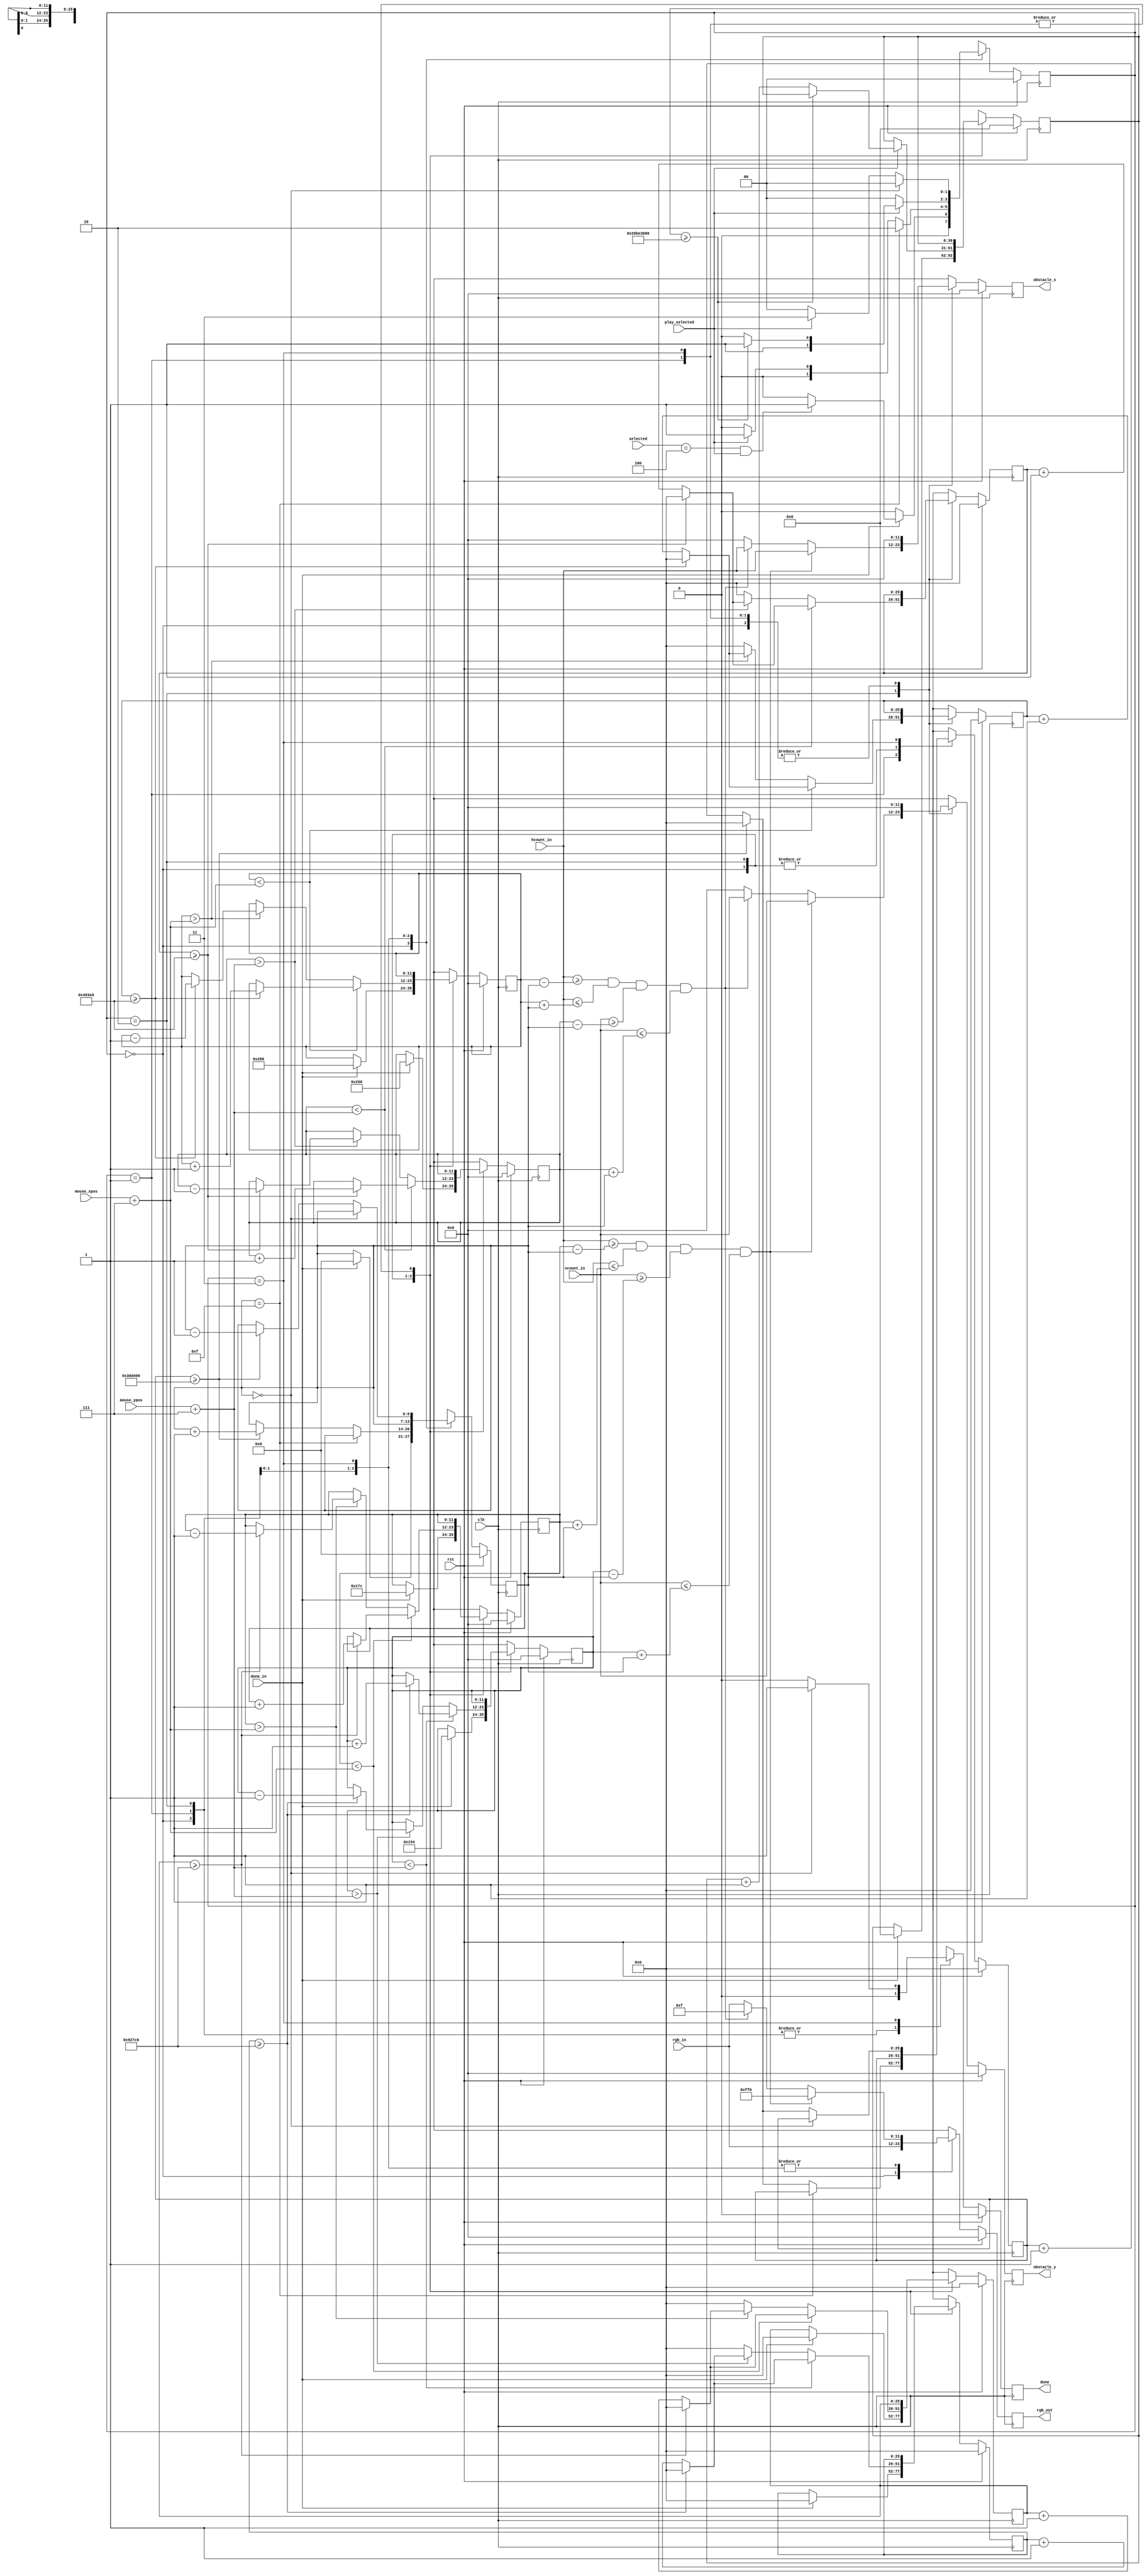
`timescale 1ns / 1ps
//////////////////////////////////////////////////////////////////////////////////
// Company: 
// Engineer: 
// 
// Design Name: 
// Module Name: mouse_follower_obstacle
// Project Name: 
// Target Devices: 
// Tool Versions: 
// Description: 
// 
// Dependencies: 
// 
// Revision:
// Revision 0.01 - File Created
// Additional Comments:
// 
//////////////////////////////////////////////////////////////////////////////////

/*
*MO-created module
*
*/

module mouse_follower_obstacle
    #( parameter
        SELECT_CODE = 3'b100
    )
    (
        input wire [11:0] vcount_in,
        input wire [11:0] hcount_in,
        input wire clk,
        input wire rst,
        input wire [11:0] rgb_in,
        input wire play_selected,
        input wire [2:0] selected,
        input wire done_in,
        input wire [11:0] mouse_xpos,
        input wire [11:0] mouse_ypos,
        
        output reg [11:0] rgb_out,
        output reg [11:0] obstacle_x,
        output reg [11:0] obstacle_y,
        output reg done
    );
        
localparam COUNTER_GROWTH           = 3200000,
           COUNTER_MOVE             = 600000,
           COUNTER_FAST_MOVE        = COUNTER_MOVE/2,
           OBSTACLE_TIME_COUNTER    = 650000000;   //10 seconds
           
localparam IDLE         = 2'b00,
           ENEMY_SPAWN  = 2'b01,
           ENEMY_CHASE  = 2'b10,
           ENEMY_DEATH  = 2'b11;
           
localparam ENEMY_SIZE_MAX   = 15,
           ENEMY_CENTER     = ENEMY_SIZE_MAX/2;

localparam GAME_FIELD_TOP       = 317,
           GAME_FIELD_BOTTOM    = 617,
           GAME_FIELD_LEFT      = 361,
           GAME_FIELD_RIGHT     = 661;
    
reg [25:0] counter_move_x, counter_move_x_nxt, counter_move_y, counter_move_y_nxt, counter_growth, counter_growth_nxt;
reg [25:0] counter2_move_x, counter2_move_x_nxt, counter2_move_y, counter2_move_y_nxt;
reg [11:0] rgb_nxt;
reg [11:0] obstacle_x_nxt, obstacle_y_nxt;
reg [1:0] state, state_nxt;
reg done_nxt;
reg [30:0] obstacle_time_counter, obstacle_time_counter_nxt;

//reg [6:0] enemy_size, enemy_size_nxt;         //for circle
reg [6:0] enemy_border, enemy_border_nxt;
reg [11:0] enemy_center_x, enemy_center_x_nxt, enemy_center_y, enemy_center_y_nxt;
reg [11:0] enemy2_center_x, enemy2_center_x_nxt, enemy2_center_y, enemy2_center_y_nxt;

always @(posedge clk) begin
    if (rst) begin
        state                   <= IDLE;
        rgb_out                 <= 0; 
        obstacle_x              <= 0;
        obstacle_y              <= 0;
        counter_move_x          <= 0;
        counter_move_y          <= 0;
        counter2_move_x         <= 0;
        counter2_move_y         <= 0;      
        counter_growth          <= 0;
        done                    <= 0;
        enemy_center_x          <= 0;
        enemy_center_y          <= 0;
        enemy_border            <= 0;
        enemy2_center_x         <= 0;
        enemy2_center_y         <= 0;
        obstacle_time_counter   <= 0;
    end
    else begin
        state                   <= state_nxt;
        rgb_out                 <= rgb_nxt;
        obstacle_x              <= obstacle_x_nxt;
        obstacle_y              <= obstacle_y_nxt;
        counter_move_x          <= counter_move_x_nxt;
        counter_move_y          <= counter_move_y_nxt;
        counter2_move_x         <= counter2_move_x_nxt;
        counter2_move_y         <= counter2_move_y_nxt;
        counter_growth          <= counter_growth_nxt;
        done                    <= done_nxt;
        enemy_center_x          <= enemy_center_x_nxt;
        enemy_center_y          <= enemy_center_y_nxt;
        enemy_border            <= enemy_border_nxt;
        enemy2_center_x         <= enemy2_center_x_nxt;
        enemy2_center_y         <= enemy2_center_y_nxt;
        obstacle_time_counter   <= obstacle_time_counter_nxt;
    end
end

always @* begin
    rgb_nxt                     = rgb_in;
    state_nxt                   = IDLE;
    counter_move_x_nxt          = counter_move_x;
    counter_move_y_nxt          = counter_move_y;
    counter_growth_nxt          = counter_growth;
    obstacle_x_nxt              = 0;
    obstacle_y_nxt              = 0;
    done_nxt                    = 0;
    enemy_center_x_nxt          = enemy_center_x;
    enemy_center_y_nxt          = enemy_center_y;
    enemy_border_nxt            = enemy_border;
    enemy2_center_x_nxt         = enemy2_center_x;
    enemy2_center_y_nxt         = enemy2_center_y;
    counter2_move_x_nxt         = counter2_move_x;
    counter2_move_y_nxt         = counter2_move_y;
    obstacle_time_counter_nxt   = obstacle_time_counter;
    
    case (state)
        IDLE: begin

            if (done_in) begin
                state_nxt = ((selected == SELECT_CODE) && play_selected) ? ENEMY_SPAWN : IDLE;
                counter_move_x_nxt = 0;
                counter_move_y_nxt = 0;
                obstacle_time_counter_nxt = 0;
                
                enemy_center_x_nxt = 380;
                enemy_center_y_nxt = 340;
                enemy2_center_x_nxt = 640;
                enemy2_center_y_nxt = 600;
                enemy_border_nxt = 0;
            end
            else
                state_nxt = IDLE;

        end//end state
        
        ENEMY_SPAWN: begin
            if (!play_selected)
                state_nxt = IDLE;
            else 
                state_nxt = ENEMY_SPAWN;
  
            //WARNING THIS GENERATES "PIPELINE WARNING - Input ... is not piplined " , also generates " output ... is not pipelined" 
            //if ( (hcount_in >= 200 && (hcount_in - 500)*(hcount_in - 500) + (vcount_in - 500)*(vcount_in - 500) < 10*10 && (hcount_in - 200) + (vcount_in - 200)*(vcount_in - 200) >= 25*25) ) rgb_nxt = 12'hf_f_0;
            
            // top left enemy, yellow, slower    
            if ( (hcount_in >= enemy_center_x - enemy_border) && (hcount_in <= enemy_center_x + enemy_border) && (vcount_in >= enemy_center_y - enemy_border) && (vcount_in <= enemy_center_y + enemy_border ) ) 
                rgb_nxt = 12'hf_f_0;
            //bottom right enemy, blue, faster    
            else if ( (hcount_in >= enemy2_center_x - enemy_border) && (hcount_in <= enemy2_center_x + enemy_border) && (vcount_in >= enemy2_center_y - enemy_border) && (vcount_in <= enemy2_center_y + enemy_border ) ) 
                rgb_nxt = 12'h0_0_f;
            else
                rgb_nxt = rgb_in;
                
            if (enemy_border == ENEMY_SIZE_MAX)       //move to next state  when reached set size                      
                state_nxt = ENEMY_CHASE;
            else begin                                      
                if (counter_growth >= COUNTER_GROWTH) begin
                    enemy_border_nxt = enemy_border + 1;  
                    counter_growth_nxt = 0;
                end
                else
                    counter_growth_nxt = counter_growth + 1;
            end  
             
        end //end state
        
        ENEMY_CHASE : begin
            if (!play_selected)
                state_nxt = IDLE;          
            else if (obstacle_time_counter_nxt >= OBSTACLE_TIME_COUNTER)
                state_nxt = ENEMY_DEATH;
            else begin
                state_nxt = ENEMY_CHASE; 
                obstacle_time_counter_nxt = obstacle_time_counter + 1;  
            end
                
            // top left enemy, yellow, slower    
            if ( (hcount_in >= enemy_center_x - enemy_border) && (hcount_in <= enemy_center_x + enemy_border) && (vcount_in >= enemy_center_y - enemy_border) && (vcount_in <= enemy_center_y + enemy_border ) ) begin 
                rgb_nxt = 12'hf_f_0;
                obstacle_x_nxt = hcount_in;
                obstacle_y_nxt = vcount_in;
            end
            //bottom right enemy, blue, faster    
            else if ( (hcount_in >= enemy2_center_x - enemy_border) && (hcount_in <= enemy2_center_x + enemy_border) && (vcount_in >= enemy2_center_y - enemy_border) && (vcount_in <= enemy2_center_y + enemy_border ) ) begin 
                rgb_nxt = 12'h0_0_f;
                obstacle_x_nxt = hcount_in;
                obstacle_y_nxt = vcount_in;
            end
            else
                rgb_nxt = rgb_in;

            //slow enemy x axis following    
            if (enemy_center_x < mouse_xpos + ENEMY_CENTER) begin              // if true then move center to the right
                if (counter_move_x >= COUNTER_MOVE) begin
                    enemy_center_x_nxt = enemy_center_x + 1;  
                    counter_move_x_nxt = 0;
                end
                else
                    counter_move_x_nxt = counter_move_x + 1;
            end
            else if (enemy_center_x > mouse_xpos + ENEMY_CENTER ) begin         // if true then move center to the left
                if (counter_move_x >= COUNTER_MOVE) begin
                    enemy_center_x_nxt = enemy_center_x - 1;  
                    counter_move_x_nxt = 0;
                end
                else
                    counter_move_x_nxt = counter_move_x + 1; 
                end
            else begin                                          // if none true then stay in place on x axis
                enemy_center_x_nxt = enemy_center_x;
                counter_move_x_nxt = 0;
            end
            
            //slow enemy y axis following 
            if (enemy_center_y < mouse_ypos + ENEMY_CENTER) begin              // if true then move center downwords
                if (counter_move_y >= COUNTER_MOVE) begin
                    enemy_center_y_nxt = enemy_center_y + 1;  
                    counter_move_y_nxt = 0;
                end
                else
                    counter_move_y_nxt = counter_move_y + 1; 
            end
            else if (enemy_center_y > mouse_ypos + ENEMY_CENTER) begin         // if true then move center upwords
                if (counter_move_y >= COUNTER_MOVE) begin
                    enemy_center_y_nxt = enemy_center_y - 1;  
                    counter_move_y_nxt = 0;
                    end
                else
                    counter_move_y_nxt = counter_move_y + 1;  
            end
            else begin                                          // if none true then stay in place on y axis
                enemy_center_y_nxt = enemy_center_y;
                counter_move_y_nxt = 0;
            end

            //fast enemy x axis following    
            if (enemy2_center_x < mouse_xpos + ENEMY_CENTER) begin              // if true then move center to the right
                if (counter2_move_x >= COUNTER_FAST_MOVE) begin
                    enemy2_center_x_nxt = enemy2_center_x + 1;  
                    counter2_move_x_nxt = 0;
                end
                else
                    counter2_move_x_nxt = counter2_move_x + 1;
            end
            else if (enemy2_center_x > mouse_xpos + ENEMY_CENTER) begin         // if true then move center to the left
                if (counter2_move_x >= COUNTER_FAST_MOVE) begin
                    enemy2_center_x_nxt = enemy2_center_x - 1;  
                    counter2_move_x_nxt = 0;
                end
                else
                    counter2_move_x_nxt = counter2_move_x + 1; 
            end
            else begin                                          // if none true then stay in place on x axis
                enemy2_center_x_nxt = enemy2_center_x;
                counter2_move_x_nxt = 0;
            end
            
            //fast enemy y axis following 
            if (enemy2_center_y < mouse_ypos + ENEMY_CENTER) begin              // if true then move center downwords
                if (counter2_move_y >= COUNTER_FAST_MOVE) begin
                    enemy2_center_y_nxt = enemy2_center_y + 1;  
                    counter2_move_y_nxt = 0;
                end
                else
                    counter2_move_y_nxt = counter2_move_y + 1; 
            end
            else if (enemy2_center_y > mouse_ypos + ENEMY_CENTER) begin         // if true then move center upwords
                if (counter2_move_y >= COUNTER_FAST_MOVE) begin
                    enemy2_center_y_nxt = enemy2_center_y - 1;  
                    counter2_move_y_nxt = 0;
                    end
                else
                    counter2_move_y_nxt = counter2_move_y + 1;
            end
            else begin                                          // if none true then stay in place on y axis
                enemy2_center_y_nxt = enemy2_center_y;
                counter2_move_y_nxt = 0;
            end 
            
        end //end state
        
        ENEMY_DEATH: begin
            if (!play_selected)
                state_nxt = IDLE;
            else 
                state_nxt = ENEMY_DEATH;

            // top left enemy, yellow, slower    
            if ( (hcount_in >= enemy_center_x - enemy_border) && (hcount_in <= enemy_center_x + enemy_border) && (vcount_in >= enemy_center_y - enemy_border) && (vcount_in <= enemy_center_y + enemy_border ) ) 
                rgb_nxt = 12'hf_f_0;
            //bottom right enemy, blue, faster    
            else if ( (hcount_in >= enemy2_center_x - enemy_border) && (hcount_in <= enemy2_center_x + enemy_border) && (vcount_in >= enemy2_center_y - enemy_border) && (vcount_in <= enemy2_center_y + enemy_border ) ) 
                rgb_nxt = 12'h0_0_f;
            else
                rgb_nxt = rgb_in;

            if (enemy_border == 0) begin         //move to next state when reached set size                      
                state_nxt = IDLE;
                done_nxt = 1;
            end
            else begin                                      
                if (counter_growth >= COUNTER_GROWTH) begin
                    enemy_border_nxt = enemy_border - 1;  
                    counter_growth_nxt = 0;
                end
                else
                    counter_growth_nxt = counter_growth + 1;
            end   

        end //end state
    endcase
end
     
endmodule